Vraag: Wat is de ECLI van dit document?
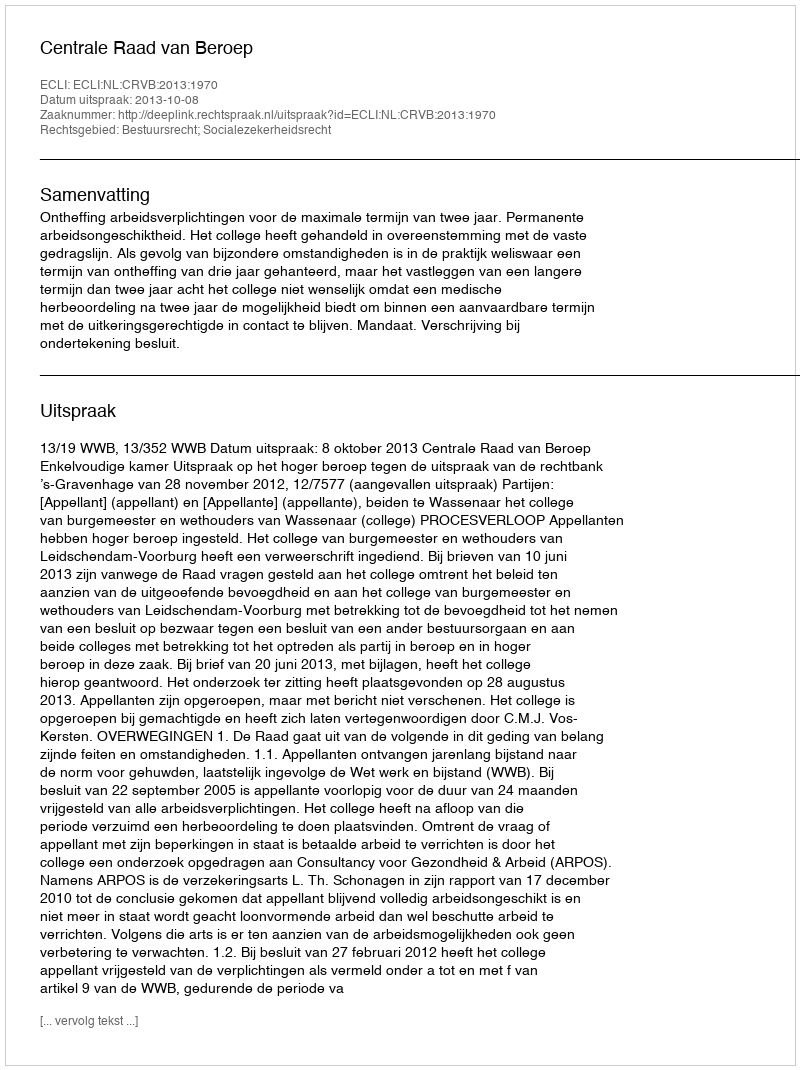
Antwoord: ECLI:NL:CRVB:2013:1970